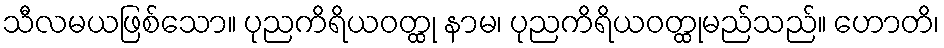
သီလမယဖြစ်သော။ ပုညကိရိယဝတ္ထု နာမ၊ ပုညကိရိယဝတ္ထုမည်သည်။ ဟောတိ၊